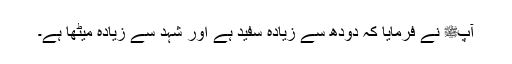
آپﷺ نے فرمایا کہ دودھ سے زیادہ سفید ہے اور شہد سے زیادہ میٹھا ہے۔